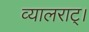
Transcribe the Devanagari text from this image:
व्यालराट्।